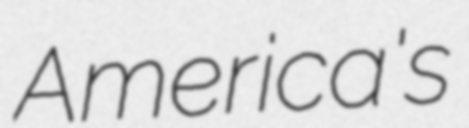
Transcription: America's